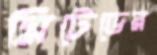
মিটেডের